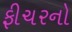
ફીચરનો